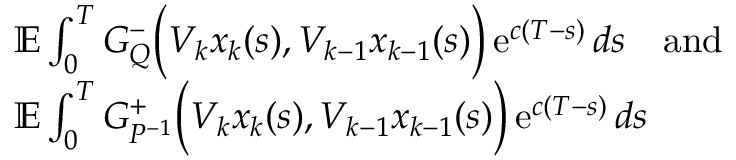
\begin{array} { r l } & { \mathbb E \int _ { 0 } ^ { T } G _ { Q } ^ { - } \Big ( V _ { k } x _ { k } ( s ) , V _ { k - 1 } x _ { k - 1 } ( s ) \Big ) \operatorname { e } ^ { c ( T - s ) } d s \quad \mathrm { a n d } } \\ & { \mathbb E \int _ { 0 } ^ { T } G _ { P ^ { - 1 } } ^ { + } \Big ( V _ { k } x _ { k } ( s ) , V _ { k - 1 } x _ { k - 1 } ( s ) \Big ) \operatorname { e } ^ { c ( T - s ) } d s } \end{array}